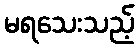
မရသေးသည့်